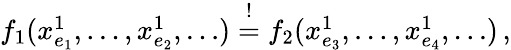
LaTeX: \begin{array}{r}{f_{1}(x_{e_{1}}^{1},\dots,x_{e_{2}}^{1},\dots)\stackrel{!}{=}f_{2}(x_{e_{3}}^{1},\dots,x_{e_{4}}^{1},\dots)\, ,}\end{array}